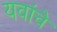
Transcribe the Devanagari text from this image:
यवांचे